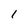
Character: l